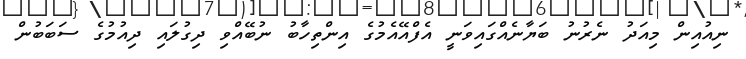
ނިއުއިން މިއަދު ނެރުނު ބަޔާނެއްގައިވަނީ އެފްއޭއެމުގެ އިންތިހާބު ނުބޭއްވި ދިގުލައި ދިއުމުގެ ސަބަބުން